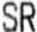
SR